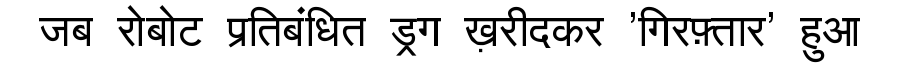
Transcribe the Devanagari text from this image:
जब रोबोट प्रतिबंधित ड्रग ख़रीदकर 'गिरफ़्तार' हुआ